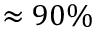
\approx 9 0 \%